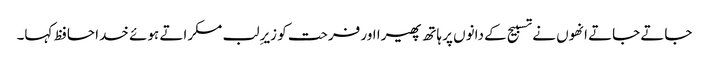
جاتے جاتے انھوں نے تسبیح کے دانوں پر ہاتھ پھیرا اور فرحت کو زیرِ لب مسکراتے ہوئے خدا حافظ کہا۔